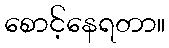
စောင့်နေရတာ။